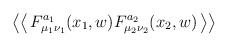
LaTeX: \begin{align*}\left< \left< \, F^{a_{1}}_{\mu _{1}\nu _{1}}(x_{1},w)F^{a_{2}}_{\mu _{2}\nu _{2}}(x_{2},w)\, \right> \right>\end{align*}